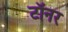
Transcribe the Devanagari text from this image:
टॉनर